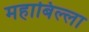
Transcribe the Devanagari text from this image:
महाबिल्ला